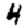
Digit: 4